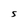
Character: 5